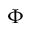
\Phi